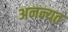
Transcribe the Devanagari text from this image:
अनन्यत